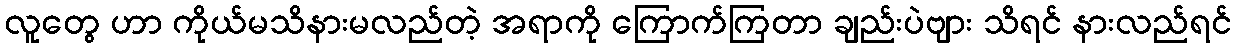
လူတွေ ဟာ ကိုယ်မသိနားမလည်တဲ့ အရာကို ကြောက်ကြတာ ချည်းပဲဗျား သိရင် နားလည်ရင်